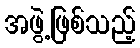
အဖွဲ့ဖြစ်သည့်